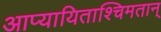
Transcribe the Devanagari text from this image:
आप्यायिताश्चिमतान्